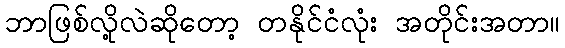
ဘာဖြစ်လို့လဲဆိုတော့ တနိုင်ငံလုံး အတိုင်းအတာ။